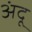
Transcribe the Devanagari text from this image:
अंदू